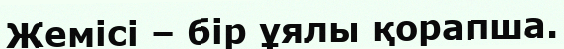
Жемісі – бір ұялы қорапша.